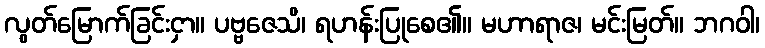
လွတ်မြောက်ခြင်းငှာ။ ပဗ္ဗဇေသိ၊ ရဟန်းပြုစေ၏။ မဟာရာဇ၊ မင်းမြတ်။ ဘဂဝါ၊